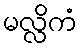
မလ္လိကံ